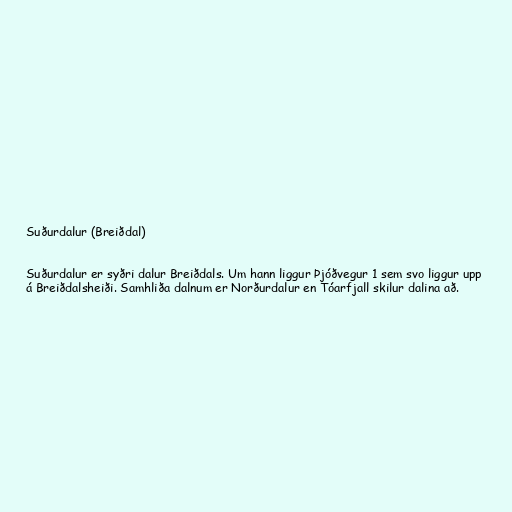
Suðurdalur (Breiðdal)

Suðurdalur er syðri dalur Breiðdals. Um hann liggur Þjóðvegur 1 sem svo liggur upp
á Breiðdalsheiði. Samhliða dalnum er Norðurdalur en Tóarfjall skilur dalina að.